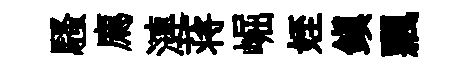
騷廌漣蒋崛姪鎮飄